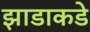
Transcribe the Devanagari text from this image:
झाडाकडे